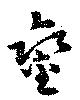
鑾